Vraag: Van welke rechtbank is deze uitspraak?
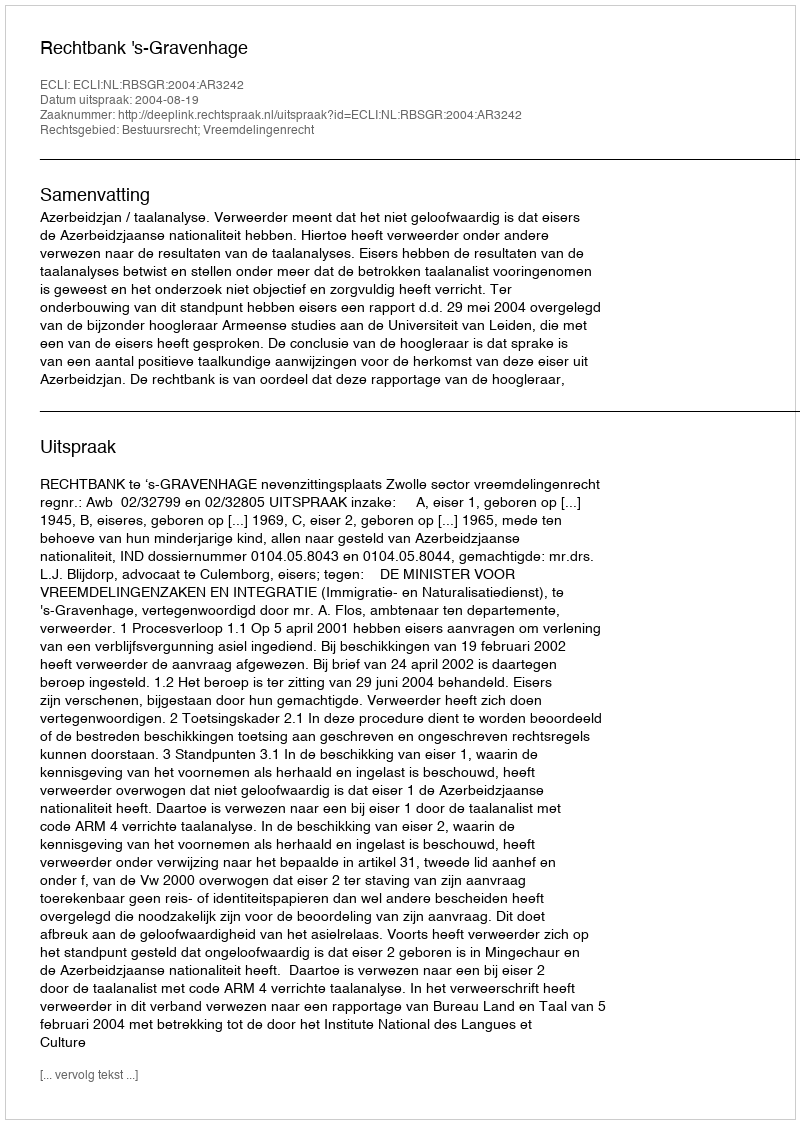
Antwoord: Rechtbank 's-Gravenhage